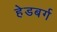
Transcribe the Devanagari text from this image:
हेडबर्ग